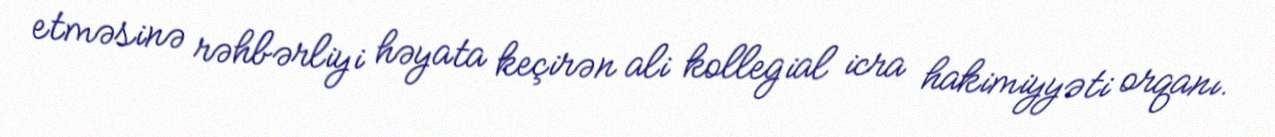
etməsinə rəhbərliyi həyata keçirən ali kollegial icra hakimiyyəti orqanı.